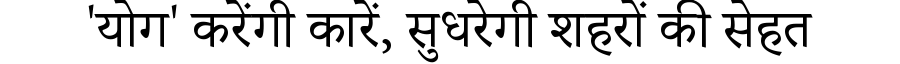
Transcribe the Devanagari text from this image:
'योग' करेंगी कारें, सुधरेगी शहरों की सेहत